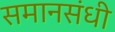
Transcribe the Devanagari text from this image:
समानसंधी